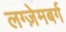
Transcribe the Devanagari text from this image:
लग्ज़ेमबर्ग